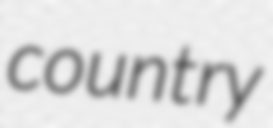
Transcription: country